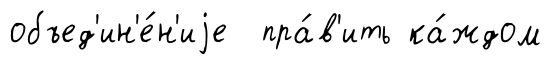
объед'ин'е́н'иjе пра́в'ить ка́ждом